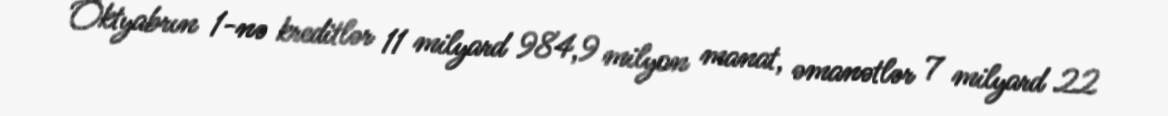
Oktyabrın 1-nə kreditlər 11 milyard 984,9 milyon manat, əmanətlər 7 milyard 22